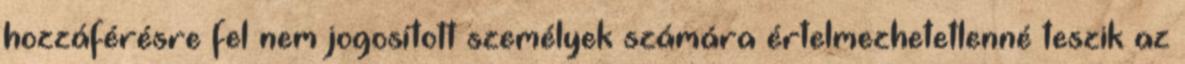
hozzáférésre fel nem jogosított személyek számára értelmezhetetlenné teszik az